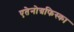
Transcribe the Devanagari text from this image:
एतेनोग्रफिस्का